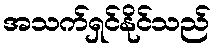
အသက်ရှင်နိုင်သည်